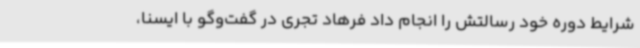
شرایط دوره خود رسالتش را انجام داد فرهاد تجری در گفت‌وگو با ایسنا،